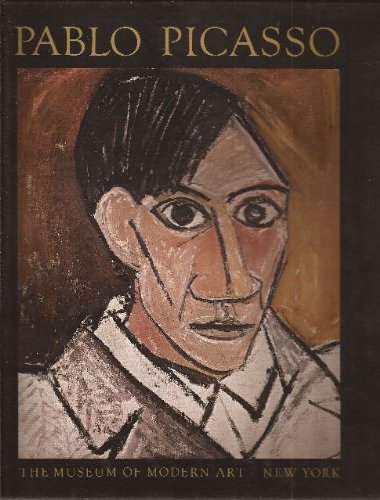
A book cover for Pablo Picasso: A Retrospective- The Museum of Modern Art, New York; Reference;